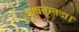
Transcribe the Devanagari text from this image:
शुश्रुवतुस्तदा।